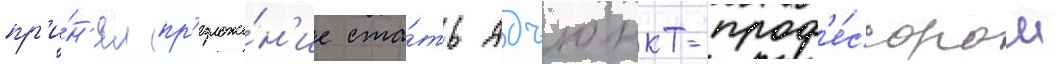
пр'и́н'ял пр'едложе́н'ие ста́ть адъюнкт-проф'е́ссором